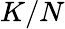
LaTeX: K/N